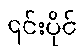
၎င်းပိုင်